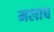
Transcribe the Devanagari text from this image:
मलाच